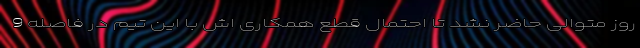
روز متوالی حاضر نشد تا احتمال قطع همکاری اش با این تیم در فاصله 9